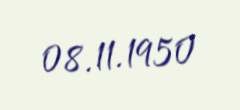
08.11.1950